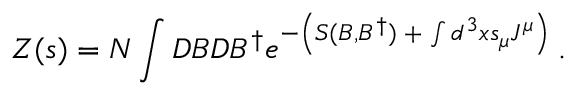
{ \cal Z } ( s ) = { \cal N } \int D B D B ^ { \dagger } e ^ { - \left( S ( B , B ^ { \dagger } ) \; + \; \int d ^ { 3 } x s _ { \mu } J ^ { \mu } \right) \; } .